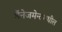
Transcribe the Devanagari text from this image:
मॅनेजमेन्टमधील